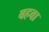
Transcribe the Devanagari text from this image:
बहवा